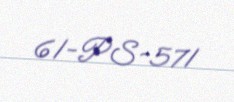
61-PS-571